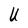
Character: U